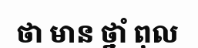
ថា មាន ថ្នាំ ពុល